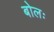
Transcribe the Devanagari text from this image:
बोलः